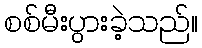
စစ်မီးပွားခဲ့သည်။